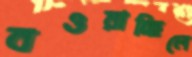
বওয়াচ্ছিলে